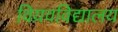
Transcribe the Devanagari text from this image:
विय़वविद्यालय